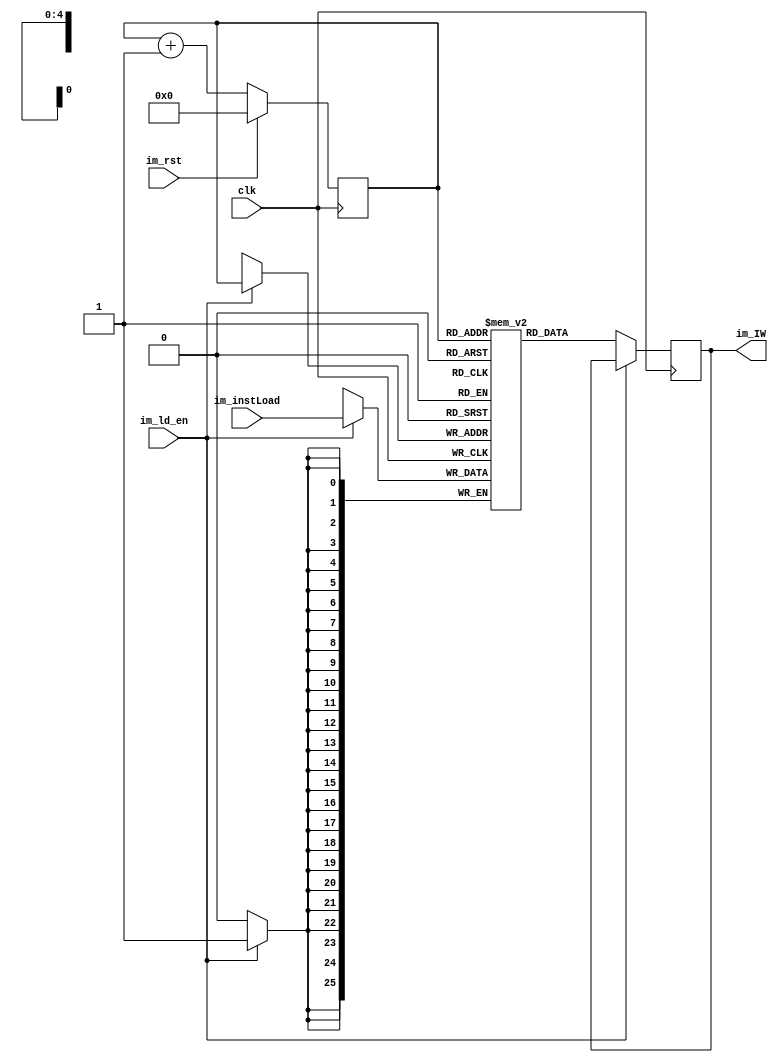
`timescale 1ns / 1ps
//////////////////////////////////////////////////////////////////////////////////
// Company: 
// 
// Design Name: 
// Module Name: InstructionMemory
// Project Name: 
// Target Devices: 
// Tool Versions: 
// Description: 
// 
// Dependencies: 
// 
// Revision:
// Revision 0.01 - File Created
// Additional Comments:
// 
//////////////////////////////////////////////////////////////////////////////////


module InstructionMemory(
    input clk,
    input im_rst,
    input im_ld_en,
    input [25:0] im_instLoad,
    output reg [25:0] im_IW
    );
    
    reg [25:0] im_instructions[31:0];
    reg [4:0] im_counter;

    always@(posedge clk)
    begin
    if(im_rst == 1)
        im_counter <= 5'd0;
    else
        im_counter <= im_counter+5'd1;
    end
    
    always@(posedge clk)
    begin
        if (im_ld_en) im_instructions[im_counter] <= im_instLoad;
        else im_IW <= im_instructions[im_counter][25:0];
    end
    
endmodule